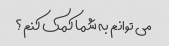
می توانم به شما کمک کنم؟